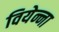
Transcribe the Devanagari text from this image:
वियेन्ना